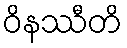
ဝိနဿီတိ